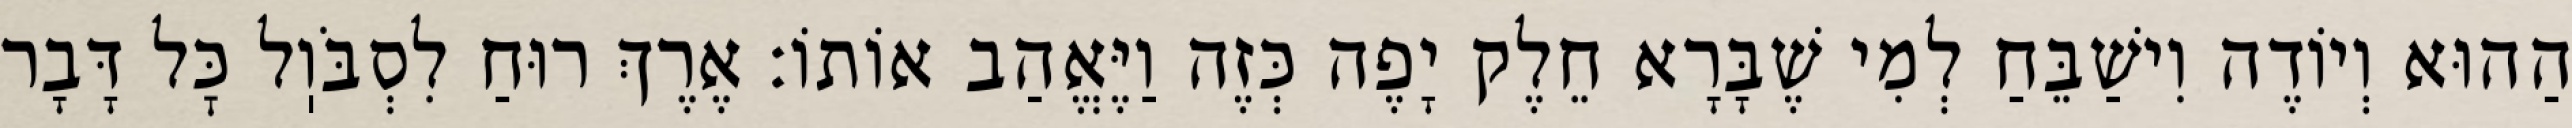
הַהוּא וְיוֹדֶה וִישַׁבֵּחַ לְמִי שֶׁבָּרָא חֵלֶק יָפֶה כְּזֶה וַיֶּאֱהַב אוֹתוֹ: אֶרֶךְ רוּחַ לִסְבֹּוֽל כׇּל דָּבָר